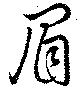
眉